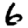
Digit: 6